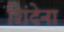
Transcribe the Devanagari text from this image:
शिंदेना